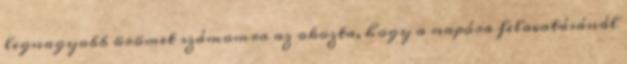
legnagyobb örömet számomra az okozta, hogy a napóra felavatásánál